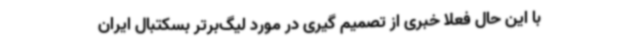
با این حال فعلا خبری از تصمیم گیری در مورد لیگ‌برتر بسکتبال ایران